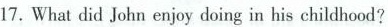
17. What did John enjoy doing in his childhood?